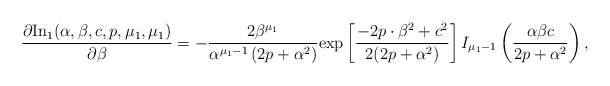
\begin{align*}\frac{\partial \mathrm{In_1}(\alpha ,\beta ,c,p,\mu _1,\mu _1)}{\partial \beta}=-\frac{2\beta ^{\mu _1}}{\alpha ^{\mu _1-1}\left(2p+\alpha ^2\right)}\mathrm{exp}\left[\frac{-2p\cdot \beta ^2+c^2}{2(2p+\alpha ^2)}\right]I_{\mu _1-1}\left(\frac{\alpha \beta c}{2p+\alpha ^2}\right),\end{align*}